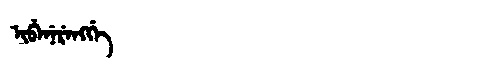
Manchu: ᡳᠪᡝᠨᡝᡵᡝᠩᡤᡝ
Romanization: IBENERENGGE